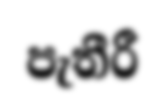
පැතීරී